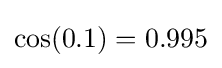
\cos(0.1)=0.995